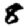
Digit: 8